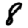
Digit: 8